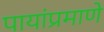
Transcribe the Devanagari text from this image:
पायांप्रमाणे